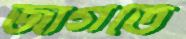
জাগতে